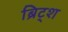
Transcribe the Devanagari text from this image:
ब्रिट्श